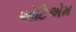
એટિએમ